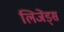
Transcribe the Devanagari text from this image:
लिजेंड्स